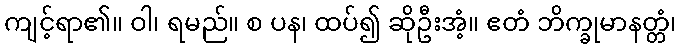
ကျင့်ရာ၏။ ဝါ၊ ရမည်။ စ ပန၊ ထပ်၍ ဆိုဦးအံ့။ ဧတံ ဘိက္ခုမာနတ္တံ၊